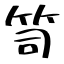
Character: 笥